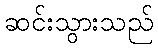
ဆင်းသွားသည်